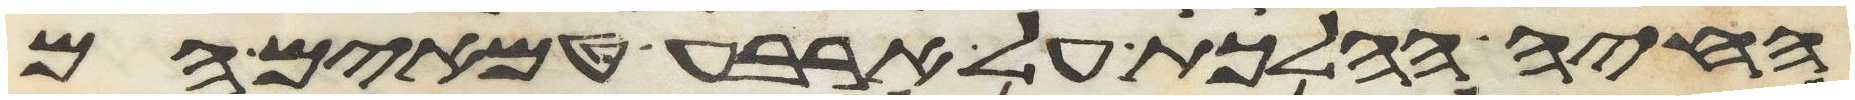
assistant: החיה ההלכת על ארבע טמאים הם